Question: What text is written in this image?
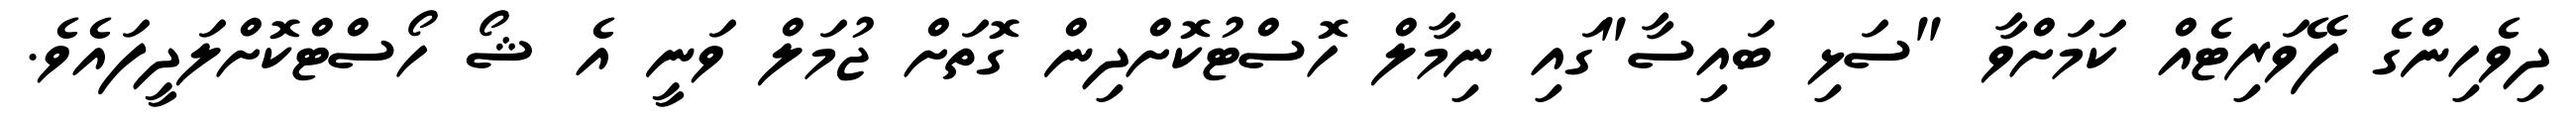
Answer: ދިވެހިންގެ ފޭވަރިޓެއް ކަމަށްވާ "ސަޅި ބައިސާ"ގައި ނިމާލް ހޮސްޓުކޮށްދިން ގޮތަށް ޖުމަލް ވަނީ އެ ޝޯ ހޯސްޓްކޮށްލަދީފައެވެ.